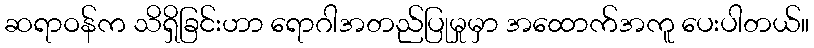
ဆရာဝန်က သိရှိခြင်းဟာ ရောဂါအတည်ပြုမှုမှာ အထောက်အကူ ပေးပါတယ်။